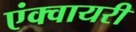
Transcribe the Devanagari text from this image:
एंक्वायरी